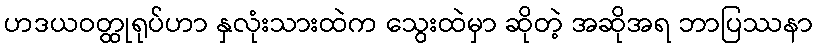
ဟဒယဝတ္ထုရုပ်ဟာ နှလုံးသားထဲက သွေးထဲမှာ ဆိုတဲ့ အဆိုအရ ဘာပြဿနာ